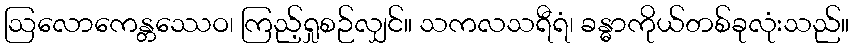
ဩလောကေန္တဿေဝ၊ ကြည့်ရှုစဉ်လျှင်။ သကလသရီရံ၊ ခန္ဓာကိုယ်တစ်ခုလုံးသည်။